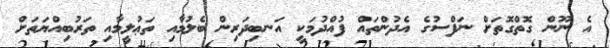
އެ ނޫން ގޮތްގޮތަށް ނަފްސުގެ އެދުންތައް ފުއްދުމަކީ އަނބިދަރިން ބެލުމާއި ތަޢުލީމާއި ތަރުބިއްޔަތަށް